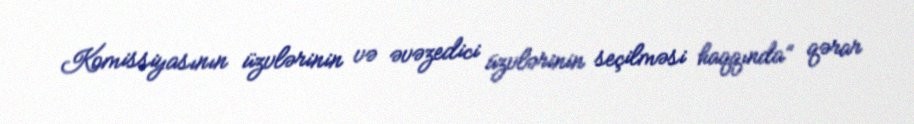
Komissiyasının üzvlərinin və əvəzedici üzvlərinin seçilməsi haqqında” qərar